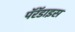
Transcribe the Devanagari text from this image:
पॅरॅडाइस